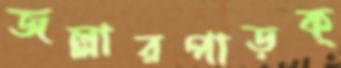
জল্লারপাড়ক্